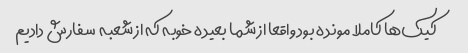
کیک‌ها کاملا مونده بود واقعا از شما بعیده خوبه که از شعبه  سفارش دادیم